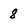
Character: 8